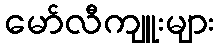
မော်လီကျူးများ